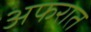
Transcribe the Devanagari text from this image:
अफरात